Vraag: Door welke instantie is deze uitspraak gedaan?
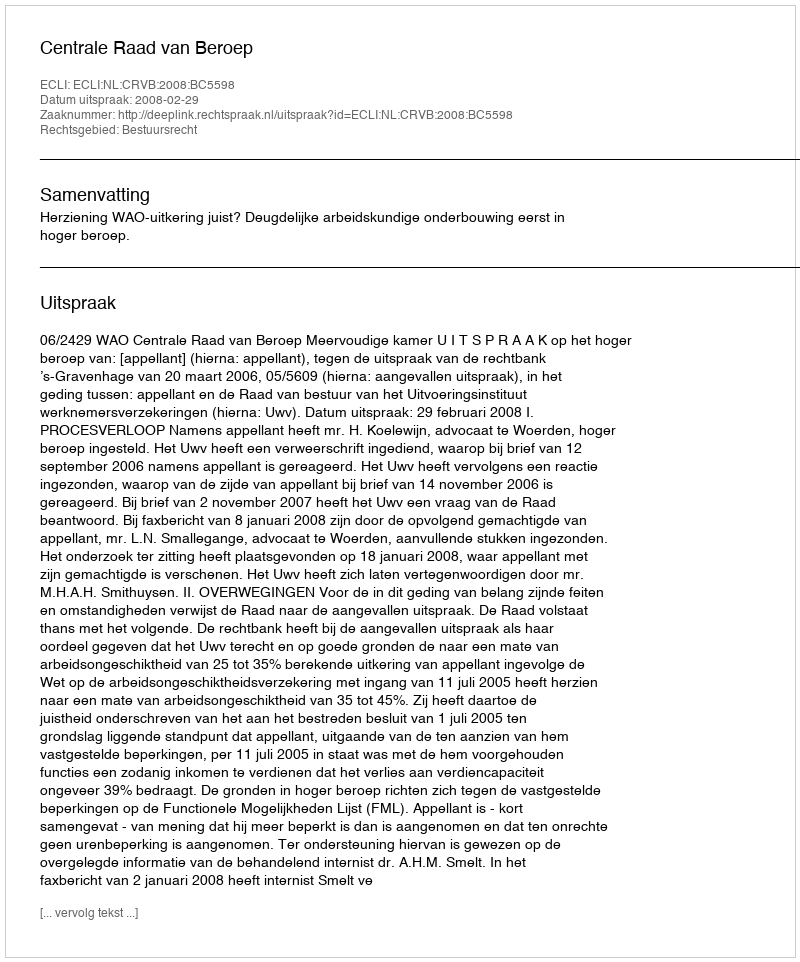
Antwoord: Centrale Raad van Beroep